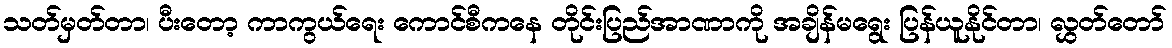
သတ်မှတ်တာ၊ ပီးတော့ ကာကွယ်ရေး ကောင်စီကနေ တိုင်းပြည်အာဏာကို အချိန်မရွေး ပြန်ယူနိုင်တာ၊ လွှတ်တော်